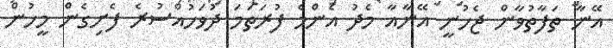
އޭނާ ތަފާތުވާން ޖެހުނީ އޭނާއާ މެދު އެންމެ ފުރަތަމަ ދުވަހުއްސުރެ ފެށިގެން މީހުން